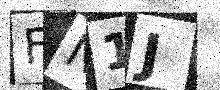
Text: FN1J